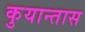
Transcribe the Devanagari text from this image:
कुयान्तास